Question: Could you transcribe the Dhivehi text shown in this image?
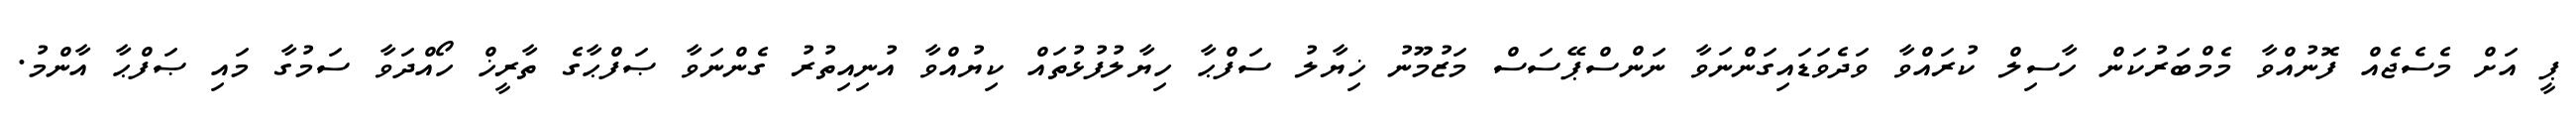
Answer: ޕީ އަށް މެސެޖެއް ފޮނުއްވާ މެމްބަރުކަން ހާސިލް ކުރައްވާ ވަދެވަޑައިގަންނަވާ ނަންސްޕޭސަސް މަޒުމޫނު ޚިޔާލު ސަފްޙާ ހިޔާލުފުޅުތައް ކިޔުއްވާ އުނިއިތުރު ގެންނަވާ ޞަފްޙާގެ ތާރީޚް ހޯއްދަވާ ސަމުގާ މައި ޞަފްޙާ އާންމު.